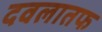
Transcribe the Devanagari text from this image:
दवलातफ